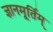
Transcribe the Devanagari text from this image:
ज्ञानमूर्तिम्